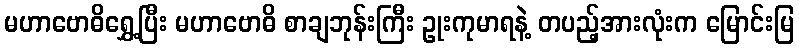
မဟာဗောဓိရွှေ့ပြီး မဟာဗောဓိ စာချဘုန်းကြီး ဥုးကုမာရနဲ့ တပည့်အားလုံးက မြောင်းမြ